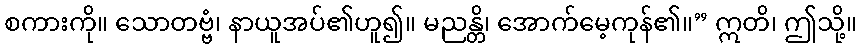
စကားကို။ သောတဗ္ဗံ၊ နာယူအပ်၏ဟူ၍။ မညန္တိ၊ အောက်မေ့ကုန်၏။” ဣတိ၊ ဤသို့။